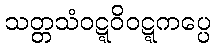
သတ္တသံဝဋ္ဋဝိဝဋ္ဋကပ္ပေ